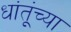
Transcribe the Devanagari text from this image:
धांतूंच्या